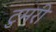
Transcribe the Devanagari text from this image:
टुमरी